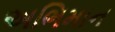
અભિમાન